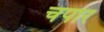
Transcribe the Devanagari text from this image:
चपार